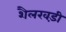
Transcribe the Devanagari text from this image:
शैलखड़ी